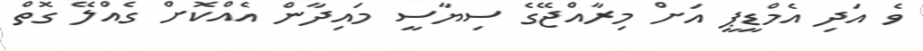
ވެ އަދި އެމްޑީޕީ އަށް މިރާއްޖޭގެ ސިޔާސީ މައިދާން އެއްކޮށް ގެއްލޭ ގޮތް